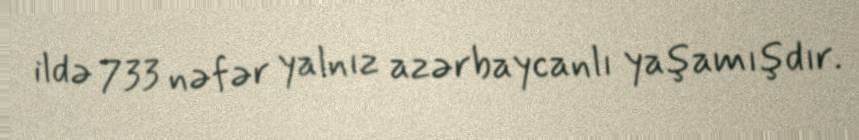
ildə 733 nəfər yalnız azərbaycanlı yaşamışdır.